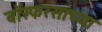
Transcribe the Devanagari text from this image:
बॉस्फरसाच्या